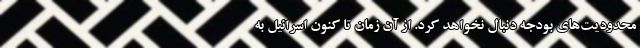
محدودیت‌های بودجه دنبال نخواهد کرد. از آن زمان تا کنون اسرائیل به